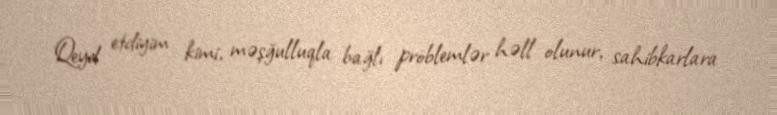
Qeyd etdiyim kimi, məşğulluqla bağlı problemlər həll olunur, sahibkarlara